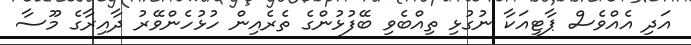
އަދި އެއްވެސް ޕާޓީއަކާ ނުގުޅި ތިއްބެވި ބޭފުޅުންގެ ތެރެއިން ހުޅުހެންވޭރު ދާއިރާގެ މޫސާ